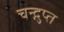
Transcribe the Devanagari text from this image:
चन्द्गुप्त